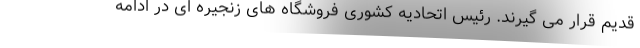
قدیم قرار می گیرند. رئیس اتحادیه کشوری فروشگاه های زنجیره ای در ادامه